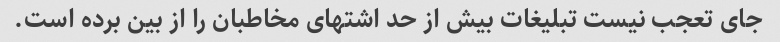
جای تعجب نیست تبلیغات بیش از حد اشتهای مخاطبان را از بین برده است.